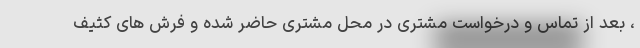
، بعد از تماس و درخواست مشتری در محل مشتری حاضر شده و فرش های کثیف